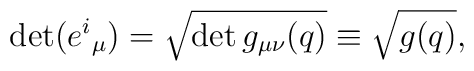
\det({e^i}_\mu) = \sqrt{\det g_{\mu\nu}(q)} \equiv \sqrt{g(q)},